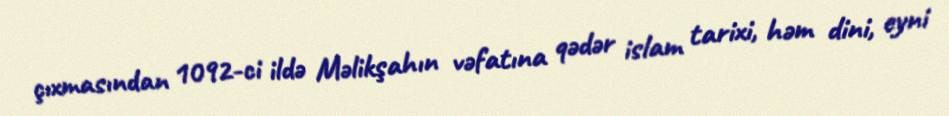
çıxmasından 1092-ci ildə Məlikşahın vəfatına qədər islam tarixi, həm dini, eyni